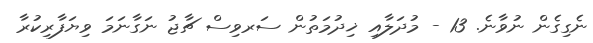
ނެގިގެން ނުވާނެ. 13 - މުދަލާއި ޚިދުމަތުން ސަރވިސް ޗާޖު ނަގާނަމަ ވިޔަފާރިކުރާ